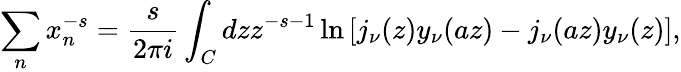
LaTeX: \sum_{n}x_{n}^{-s}={\frac{s}{2\pi i}}\int_{C}dzz^{-s-1}\ln{\left[j_{\nu}(z)y_{\nu}(az)-j_{\nu}(az)y_{\nu}(z)\right]},